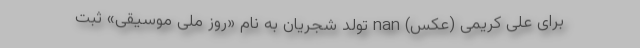
برای علی کریمی (عکس) nan تولد شجریان به نام «روز ملی موسیقی» ثبت